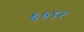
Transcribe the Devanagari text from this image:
६५९२